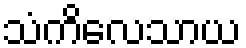
သံကိလေသာယ